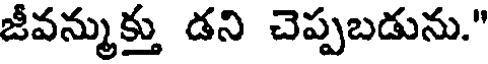
జీవన్ముక్తు డని చెప్పబడును."